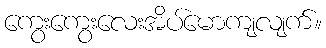
ကွေးကွေးလေးအိပ်မောကျလျက်။